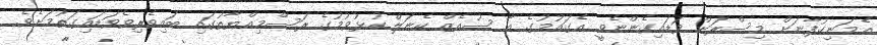
އެމަނިކުފާނަށް މިސްރަށް ވަޑައިގެންނެވީ އެގައުމުގެ އާ ސުއެޒް ކެނަލް ހުޅުވުމުގެ ރަސްމިއްޔާތުގައި ބައިވެރިވެވަޑައިގަތުމަށެވެ.